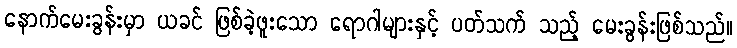
နောက်မေးခွန်းမှာ ယခင် ဖြစ်ခဲ့ဖူးသော ရောဂါများနှင့် ပတ်သက် သည့် မေးခွန်းဖြစ်သည်။